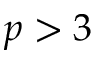
p > 3